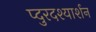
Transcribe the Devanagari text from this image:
प्दुरदश्यार्शन